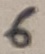
Text: 6